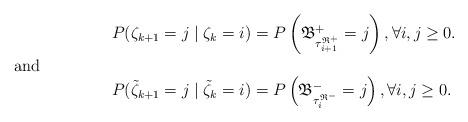
LaTeX: \begin{align*} &P(\zeta_{k+1} = j \mid \zeta_k = i) = P\left( \mathfrak{B}^{+}_{\tau_{i+1}^{\mathfrak{R}^+}} = j \right), \forall i,j\geq 0. \\\shortintertext{and } &P(\tilde\zeta_{k+1} = j \mid \tilde\zeta_k = i) = P\left( \mathfrak{B}^{-}_{\tau_{i}^{\mathfrak{R}^-}} = j \right), \forall i,j\geq 0. \end{align*}